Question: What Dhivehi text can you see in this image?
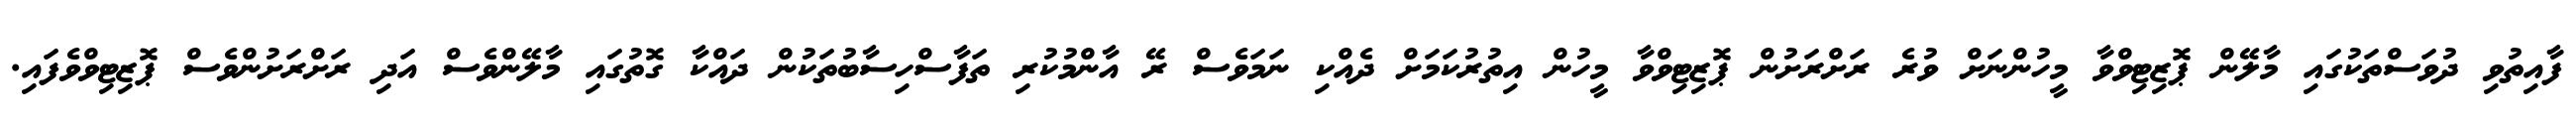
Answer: ފާއިތުވި ދުވަސްތަކުގައި މާލޭން ޕޮޒިޓިވްވާ މީހުންނަށް ވުރެ ރަށްރަށުން ޕޮޒިޓިވްވާ މީހުން އިތުރުކަމަށް ދެއްކި ނަމަވެސް ރޭ އާންމުކުރި ތަފާސްހިސާބުތަކުން ދައްކާ ގޮތުގައި މާލޭންވެސް އަދި ރަށްރަށުންވެސް ޕޮޒިޓިވްވެފައި.